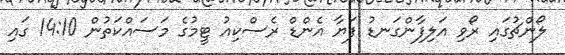
ލޯންޗުގައި ރޯވި އަލިފާންގަނޑު ފަޔާ އެންޑް ރެސްކިއު ޓީމުގެ މަސައްކަތުން 14:10 ގައި